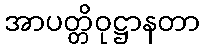
အာပတ္တိဝုဋ္ဌာနတာ